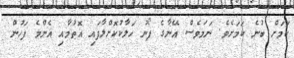
ކަމަށް ބުނެ ކަމަށެވެ. ނަމަވެސް އޭނާގެ ފޯނު ހަލާކުކޮށްލާފައި އޮތުމާއި އެންމެ ފަހުން